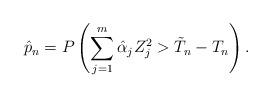
LaTeX: \begin{align*}\hat p_n = P \left( \sum_{j=1}^m \hat \alpha_j Z_j^2 > \tilde T_n - T_n\right).\end{align*}